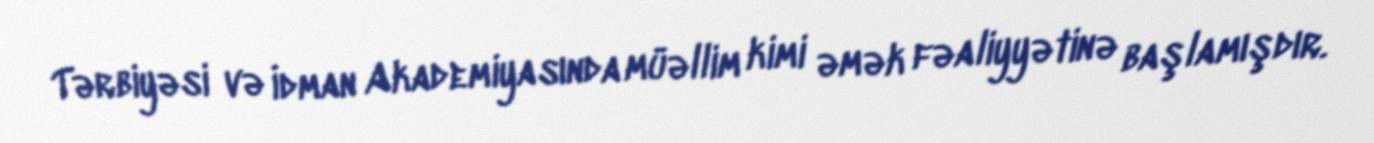
Tərbiyəsi və İdman Akademiyasında müəllim kimi əmək fəaliyyətinə başlamışdır.